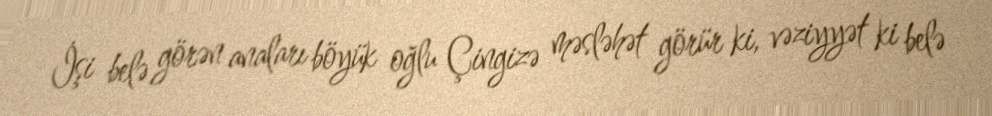
İşi belə görən anaları böyük oğlu Çingizə məsləhət görür ki, vəziyyət ki belə